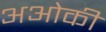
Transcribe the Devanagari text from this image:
अओकी